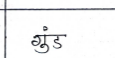
मजकूर: गुंड